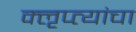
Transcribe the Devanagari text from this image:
क्‍ऌप्त्यांचा